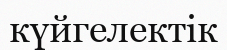
күйгелектік